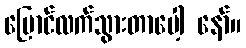
ပြောင်လက်သွားတာပေါ့ နော်။